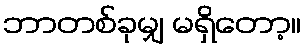
ဘာတစ်ခုမျှ မရှိတော့။